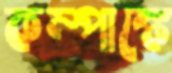
কম্পাঙ্কে